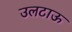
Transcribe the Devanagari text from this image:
उलटाऊ